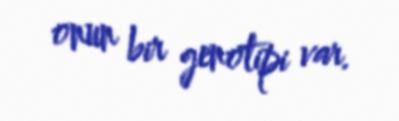
onun bir genotipi var.